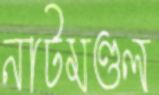
নাটমণ্ডল